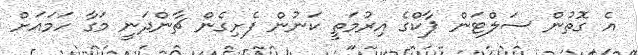
އެ ގޮތުން ސަލްޓަން ޕާކްގެ އިރުމަތީ ކަނުން ފެށިގެން ޗާންދަނީ މަގާ ހަމައަށް